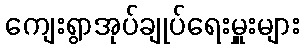
ကျေးရွာအုပ်ချုပ်ရေးမှူးများ